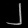
Digit: ၂